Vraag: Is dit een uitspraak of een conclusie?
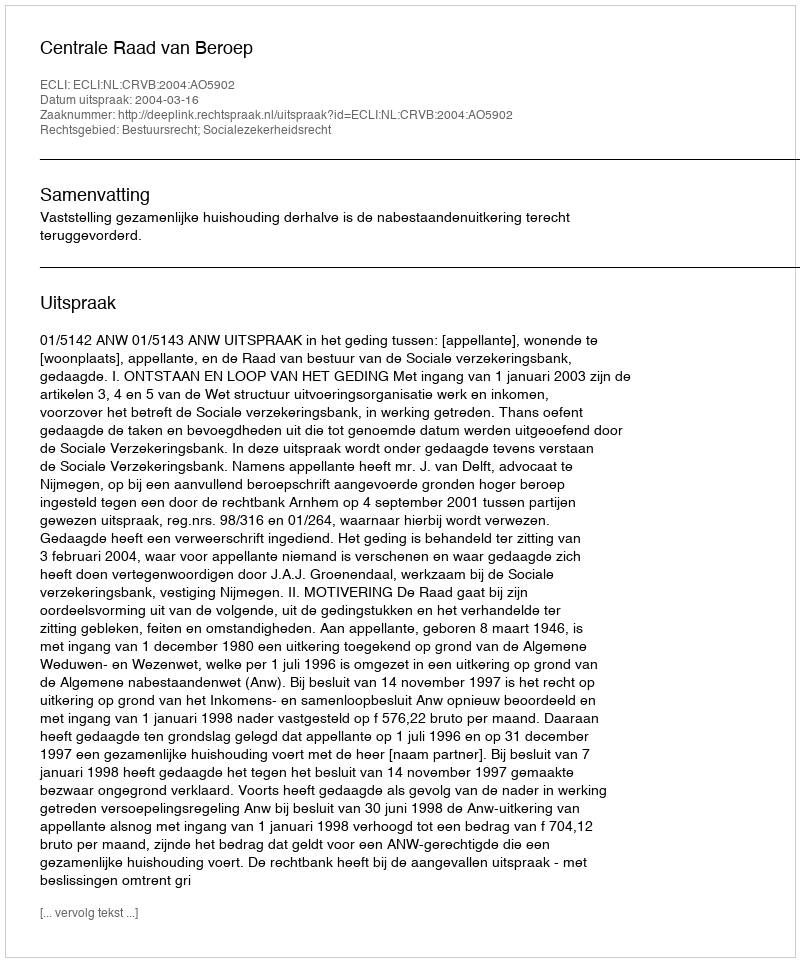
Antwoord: Uitspraak